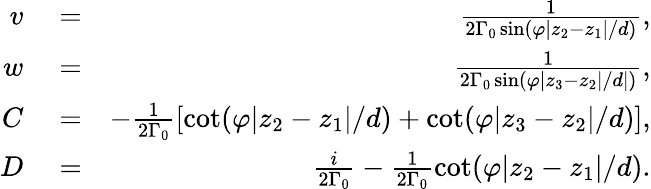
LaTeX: \begin{array}{rlr}{v}&{{}=}&{\frac{1}{2\Gamma_{0}\sin(\varphi|z_{2}-z_{1}|/d)},}\\ {w}&{{}=}&{\frac{1}{2\Gamma_{0}\sin(\varphi|z_{3}-z_{2}|/d|)},}\\ {C}&{{}=}&{-\frac{1}{2\Gamma_{0}}\left[\cot(\varphi|z_{2}-z_{1}|/d)+\cot(\varphi|z_{3}-z_{2}|/d)\right],}\\ {D}&{{}=}&{\frac{i}{2\Gamma_{0}}-\frac{1}{2\Gamma_{0}}\cot(\varphi|z_{2}-z_{1}|/d).}\end{array}